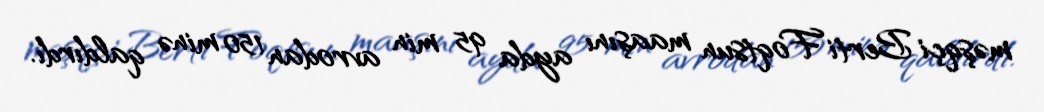
məşqçi Berti Foqtsun maaşını ayda 95 min avrodan 150 minə qaldırdı.